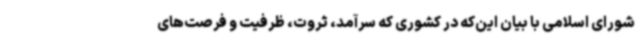
شورای اسلامی با بیان این‌که در کشوری که سرآمد، ثروت، ظرفیت و فرصت‌های